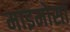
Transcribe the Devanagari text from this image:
माइमोसा